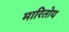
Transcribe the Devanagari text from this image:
मारितोय